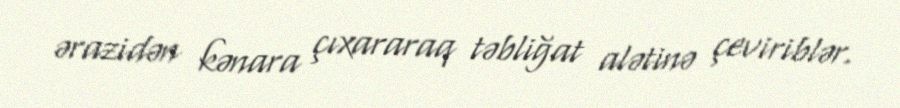
ərazidən kənara çıxararaq təbliğat alətinə çeviriblər.